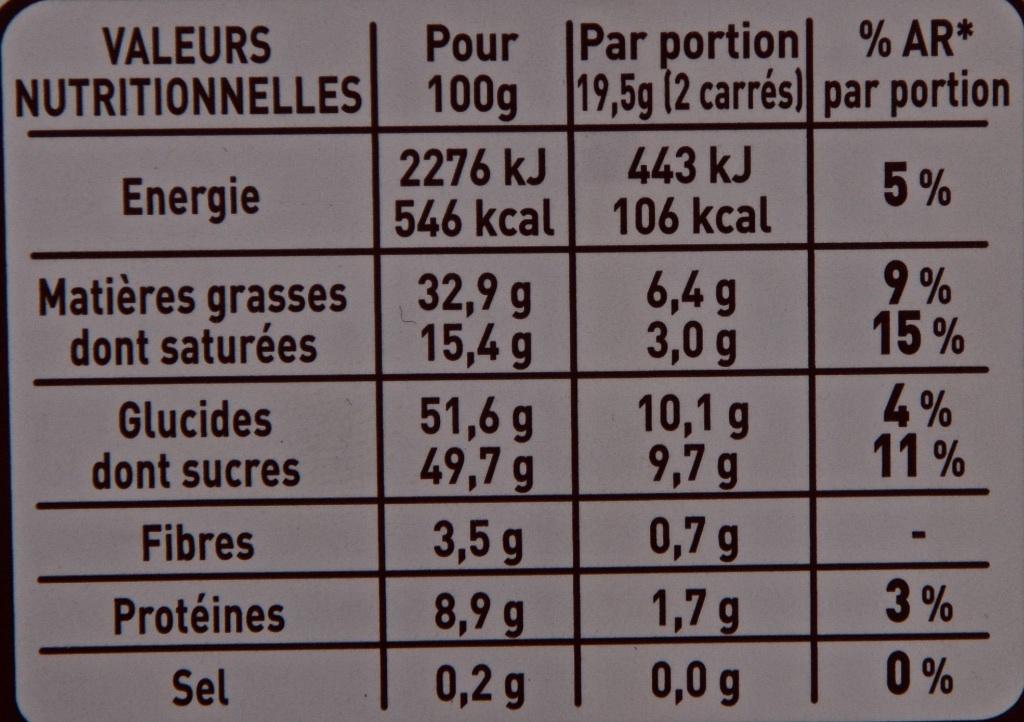
VALEURS NUTRITIONNELLES
Energie
Matières grasses dont saturées
Glucides
dont sucres
Fibres
Protéines
Sel
Pour 100g
2276 kJ
546 kcal
32,9 g
15,4 g
51,6 g
49,7 g
3,5 g
8,9 g
0,2 g
% AR*
Par portion 19,5g (2 carrés) par portion
5%
443 kJ
106 kcal
6,4 g
3,0 g
10,1 g
9,7 g
0,7 g
1,7 g
0,0 g
9%
15%
4%
11%
3%
0%